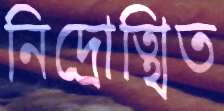
নিদ্রোত্থিত